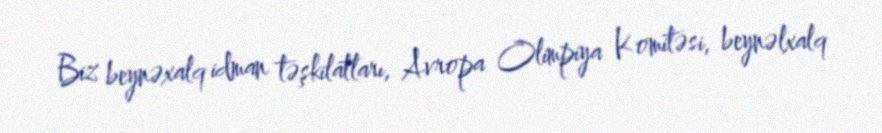
Biz beynəxalq idman təşkilatları, Avropa Olimpiya Komitəsi, beynəlxalq